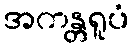
အကန္တရူပံ